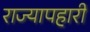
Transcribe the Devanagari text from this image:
राज्यापहारी